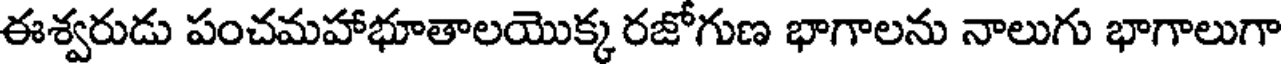
ఈశ్వరుడు పంచమహాభూతాలయొక్క రజోగుణ భాగాలను నాలుగు భాగాలుగా